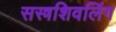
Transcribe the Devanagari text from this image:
सस्त्रशिवलिंग